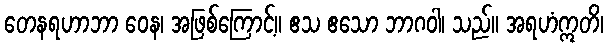
တေနရဟာဘာ ဝေန၊ အဖြစ်ကြောင့်။ ဧသ ဧသော ဘာဂဝါ၊ သည်။ အရဟံဣတိ၊